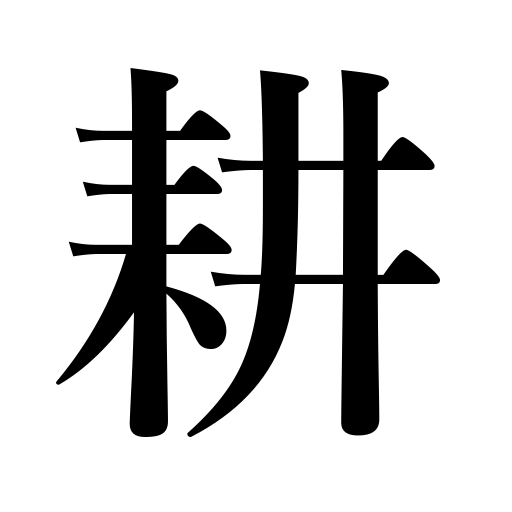
Meanings: cultivate,plow